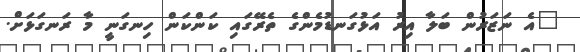
"އެ ނަޒަރުން ބަލާ އިރު އަޅުގަނޑުމެންގެ ތެރޭގައި ކަންކަން ހިނގަނީ މާ ރަނގަޅަށް.